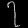
Digit: ၇